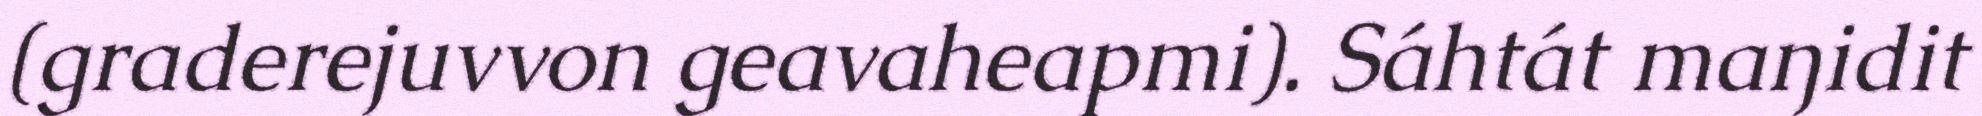
(graderejuvvon geavaheapmi). Sáhtát maŋidit